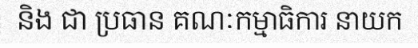
និង ជា ប្រធាន គណៈកម្មាធិការ នាយក